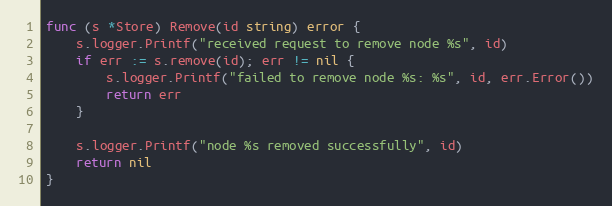
Language: Go
func (s *Store) Remove(id string) error {
	s.logger.Printf("received request to remove node %s", id)
	if err := s.remove(id); err != nil {
		s.logger.Printf("failed to remove node %s: %s", id, err.Error())
		return err
	}

	s.logger.Printf("node %s removed successfully", id)
	return nil
}